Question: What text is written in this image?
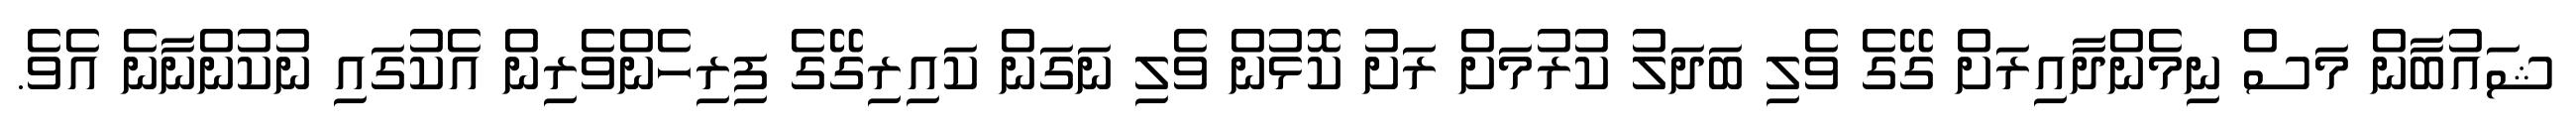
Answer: ޝައުބާން މަސް ނިމެންދާއިރަށް ގޭގެ ވެލި ބަދަލު ކުރުމަށް ރަށު ކޮޅުން ވެލި ނަގަން ކައިރިގޭގެ ފިރިހެންވެރިން އެކުގައި ނުކުންނާނެ އެވެ.